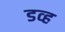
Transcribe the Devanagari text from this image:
डव्ह